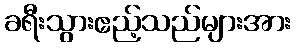
ခရီးသွားဧည့်သည်များအား